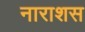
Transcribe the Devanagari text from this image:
नाराशस